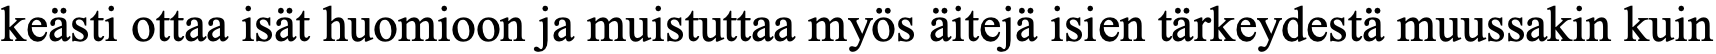
keästi ottaa isät huomioon ja muistuttaa myös äitejä isien tärkeydestä muussakin kuin